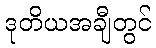
ဒုတိယအချီတွင်